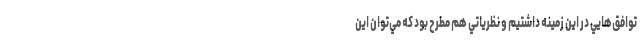
توافق‌هايي در اين زمينه داشتيم و نظرياتي هم مطرح بود كه مي‌توان اين